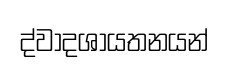
ද්වාදශායතනයන්